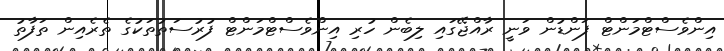
އިންވެސްޓްމަންޓް ފަންޑުން ވަނީ ރާއްޖޭގައި ލިބެން ހުރި އިންވެސްޓްމަންޓް ފުރުސަތުތަކުގެ ތެރެއިން ތަފާތު